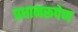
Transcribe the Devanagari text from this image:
प्रधानरूपेण